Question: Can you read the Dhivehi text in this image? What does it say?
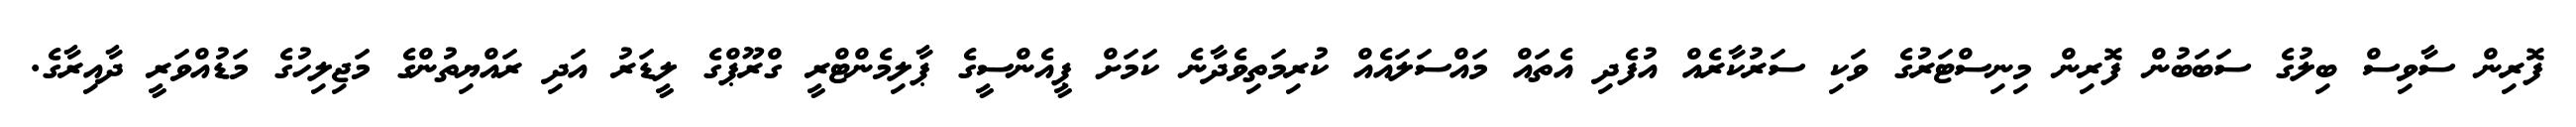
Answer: ފޮރިން ސާވިސް ބިލުގެ ސަބަބުން ފޮރިން މިނިސްޓަރުގެ ވަކި ސަރުކާރެއް އުފެދި އެތައް މައްސަލައެއް ކުރިމަތިވެދާނެ ކަމަށް ޕީއެންސީގެ ޕާލިމެންޓްރީ ގްރޫޕްގެ ލީޑަރު އަދި ރައްޔިތުންގެ މަޖިލިހުގެ މަޑުއްވަރީ ދާއިރާގެ.